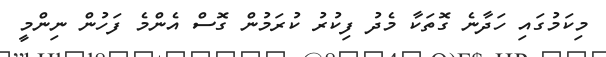
މިކަމުގައި ހަދާނެ ގޮތަކާ މެދު ފިކުރު ކުރަމުން ގޮސް އެންމެ ފަހުން ނިންމީ